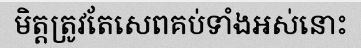
មិត្តត្រូវតែសេពគប់ទាំងអស់នោះ